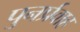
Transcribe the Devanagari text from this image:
पुनर्प्रवाह